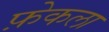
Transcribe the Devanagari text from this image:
फ़ेकला